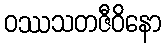
ဝဿသတဇီဝိနော